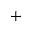
+